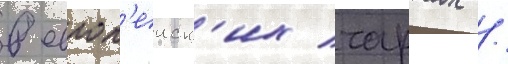
в европ'еиск'их чартах /